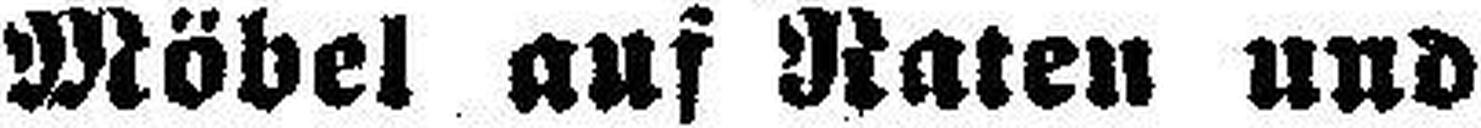
Möbel auf Raten und